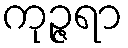
ကုဉ္ဇရာ